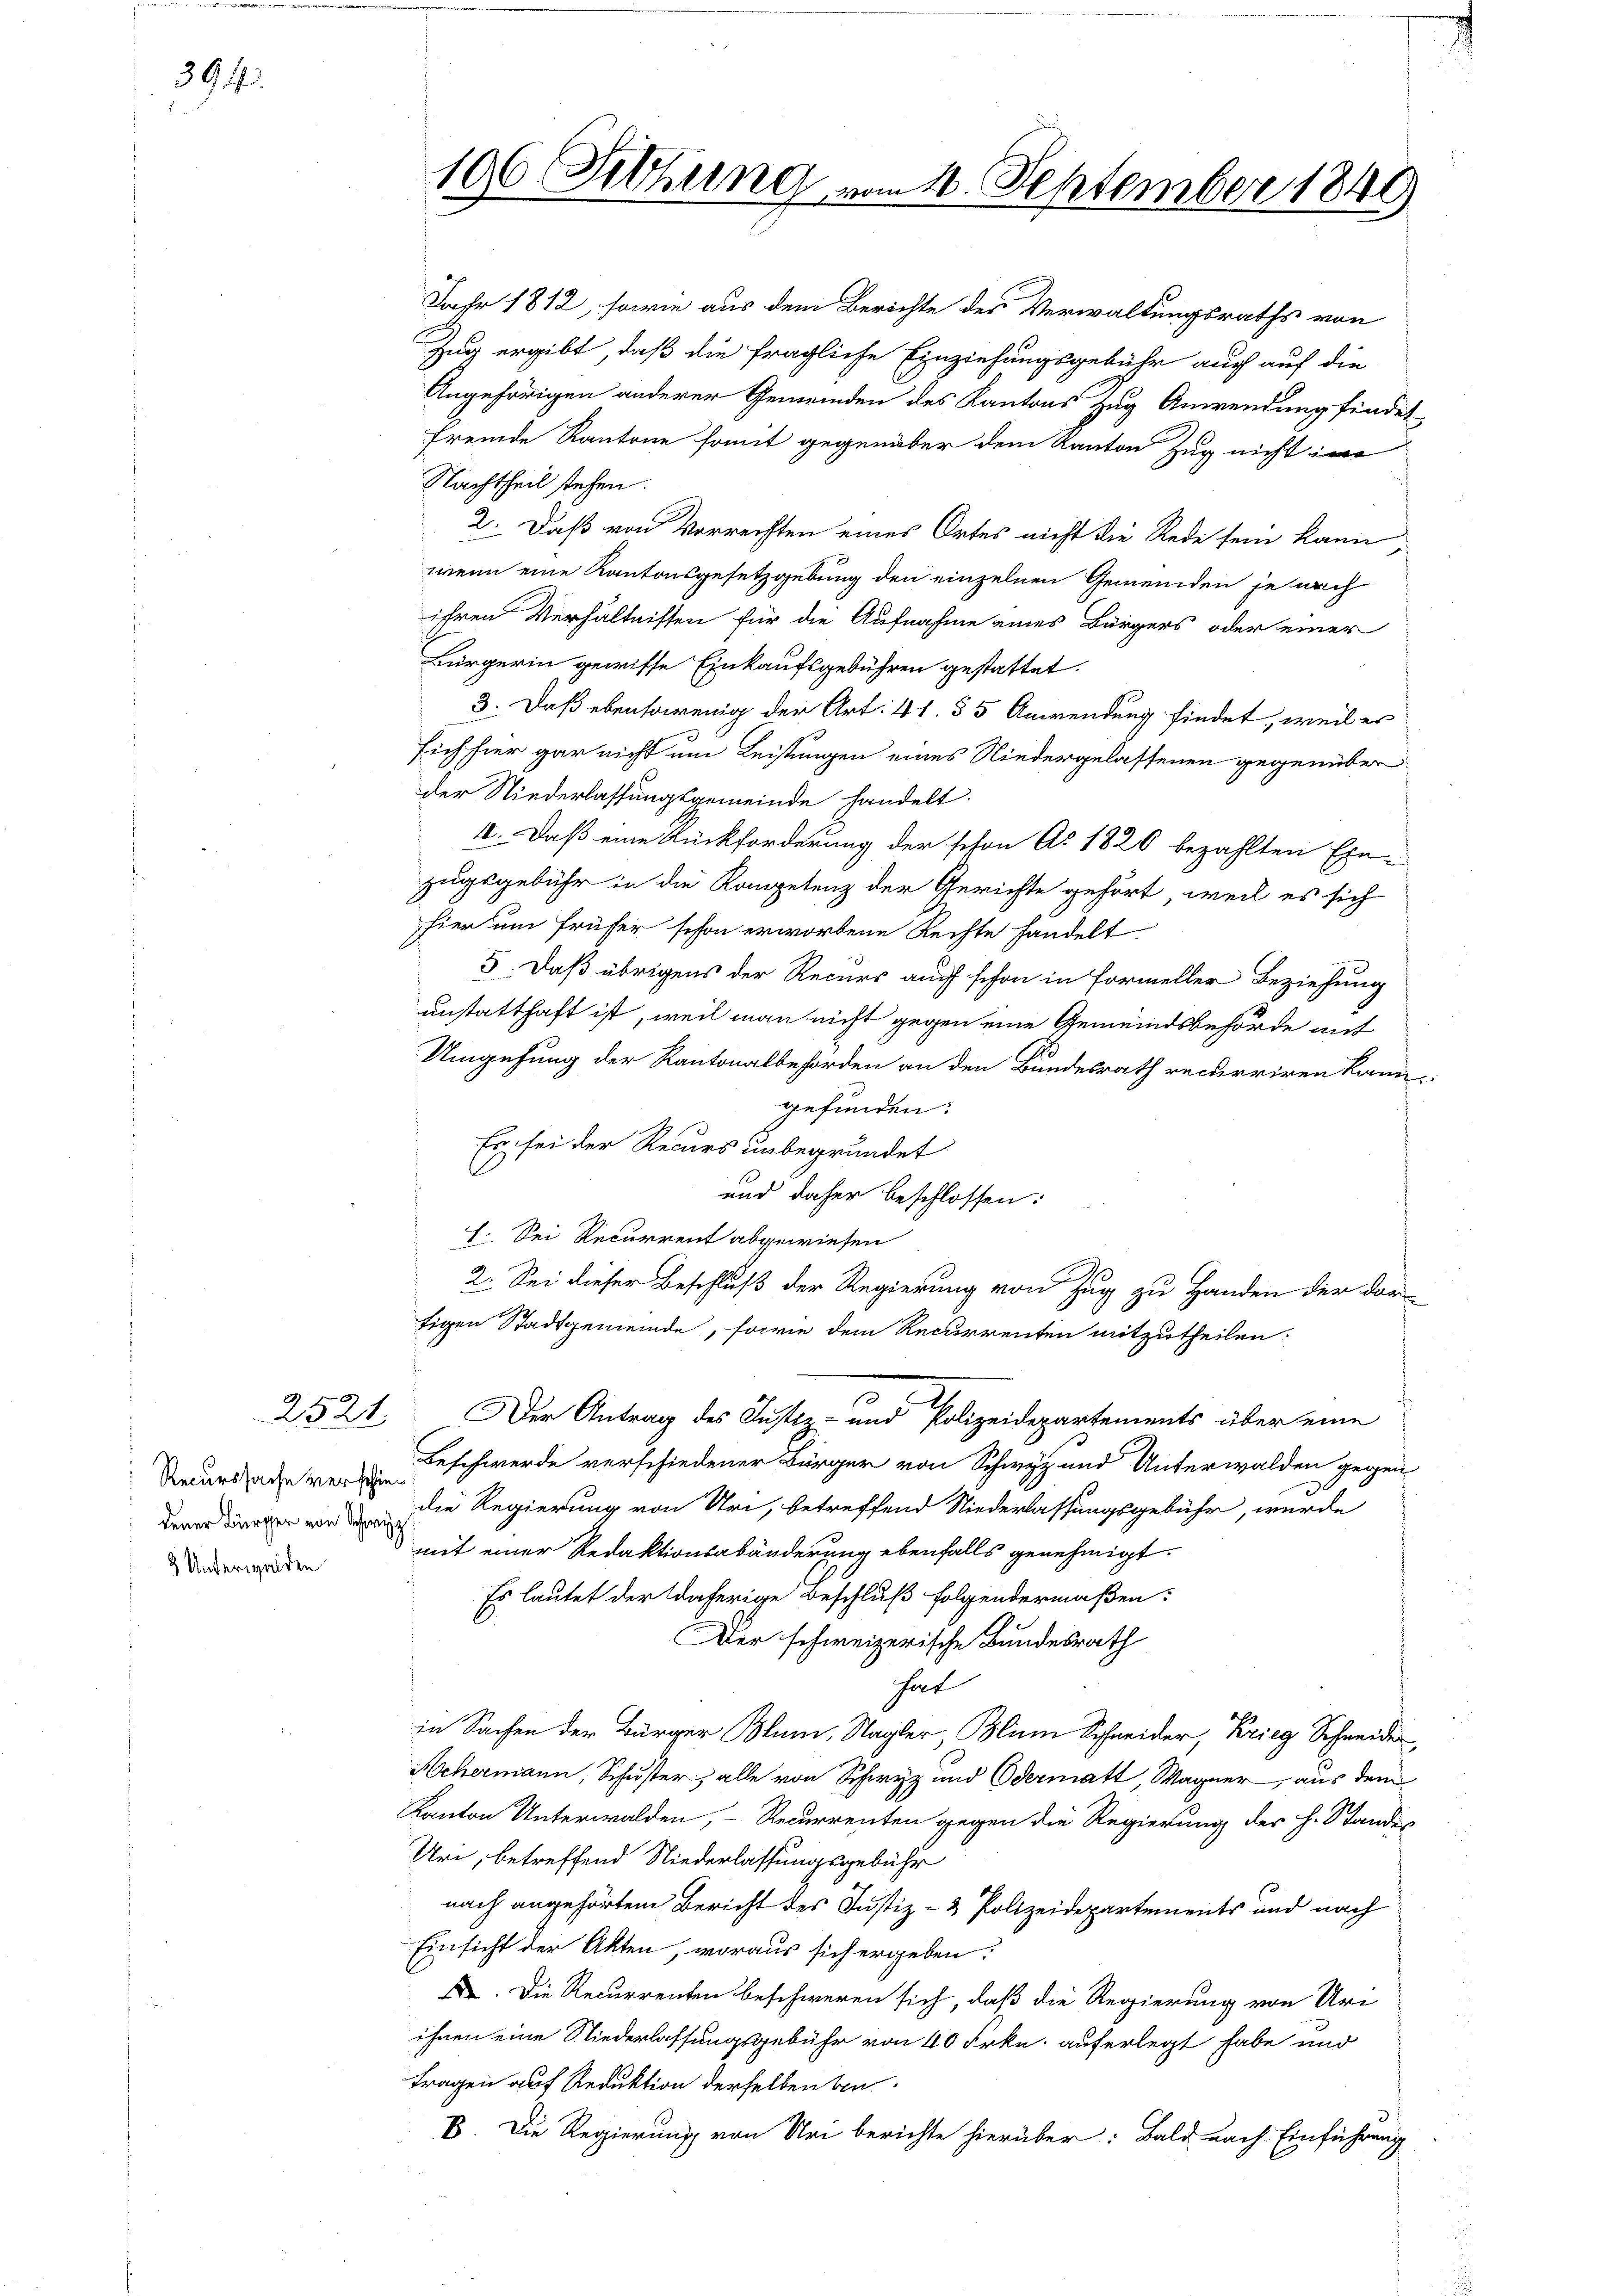
394.

2521

Recurssache verschie¬
2 Unterwalden

Jahr 1812, sowie aus dem Berichte des Verwaltungsraths von
Zug ergibt, daß die fragliche Einziehungsgebühr auch auf die
Angehörigen anderer Gemeinden des Kantons Zug Anwendung findet
fremde Kantone somit gegenüber dem Kanton Zug nicht im
Nachtheil stehen.
2. Daß von Vorrechten eines Ortes nicht die Rede sein kann
wenn eine Kantonsgesetzgebung den einzelnen Gemeinden je nach
ihren Verhältnissen für die Aufnahme eines Bürgers oder einer
Bürgerin gewisse Einkaufsgebühren gestattet.
3. Daß ebensowenig der Art. 41. 55 Anwendung findet, weil er
sich hier gar nicht um Leistungen eines Niedergelassenen gegenüber
der Niederlassungsgemeinde handelt.
4. Daß eine Rückforderung der schon Ao. 1820 bezahlten Ehe-
zugsgebühr in die Kompetenz der Gerichte gehört, weil es sich
hier um früher schon erworbene Rechte handelt
3. Daß übrigens der Recurs auff schon in Formeller Beziehung
unstatthaft ist, weil man nicht gegen eine Gemeindsbehörde auf
Umgehung der Kantonalbehörden an den Bundesrath recurriren kann.
gefunden:
Es sei der Recurs unbegründet
und daher beschlossen:
I. Sei Recurrent abgewiesen
2. Sei dieser Beschluß der Regierung von Zug zu Handen der dorfigen Stadtgemeinde, sowie dem Recurrenten mitzutheilen.
2
Der Antrag des Justiz- und Polizeidepartements über eine
Beschwerde verschiedener Bürger von Schwyz und Unterwalden gegen
.
r von Die Regierung von Uri, betreffend Niederlassungsgebühr, wurde
mit einer Redaktionsabänderung ebenfalls genehmigt.
Es lautet der daherige Beschluß folgendermaßen:
Der schweizerische Bundesrath
hat
in Sachen der Bürger Blum, Nagler, Blini Schneider, Krieg Schneider,
Achermann, Schuster, alle von Schwyz und Odermatt, Wagner, aus dem
Kanton Unterwalden, - Recurrenten gegen die Regierung der h. Standes
Uri, betreffend Niederlassungsgebühr
nach angehörtem Bericht des Justiz- & Polizeidepartements und nach
Einsicht der Akten, woraus sich ergeben:
X. Die Recurrenten beschweren sich, daß die Regierung von Uri
ihnen eine Niederlassungsgebühr von 40 Frkn. auferlegt habe und
tragen auf Reduktion derselben ben
E. Die Regierung von Uri berichte hierüber: Bald nach Einführung

196 Fitzung vom 1. September 1840

u